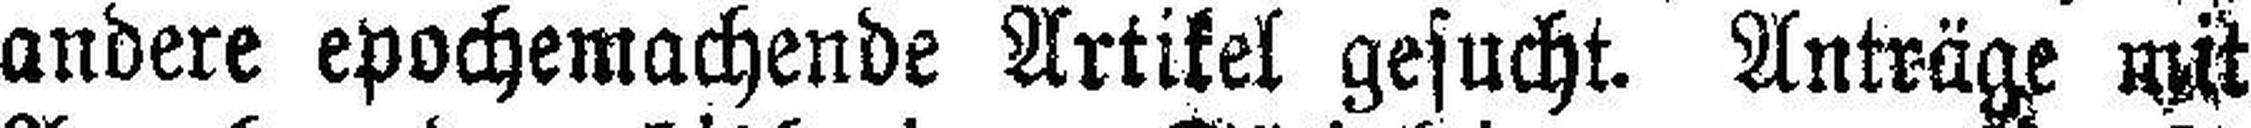
andere epochemachende Artikel gesucht. Anträge mit